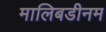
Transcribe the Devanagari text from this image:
मालिबडीनम